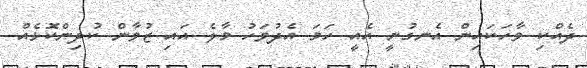
ދެއްކި ވާހަކައިން އެނގުނީ އެއީ ހަމަ އެދުވަހު މާލެ އައި ޒުވާން ކުދިންކޮޅެއް